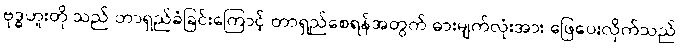
ဗုဒ္ဓဟူးတို.သည် တာရှည်ခံခြင်းကြောင့် တာရှည်စေရန်အတွက် ဓားမျက်လုံးအား ဖြေပေးလိုက်သည်